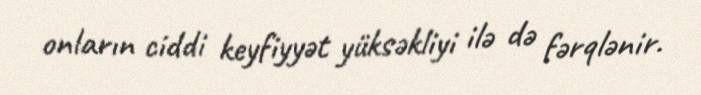
onların ciddi keyfiyyət yüksəkliyi ilə də fərqlənir.